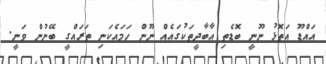
އައްޑޫ އަތޮޅު ނޫނީ ބޮޑެތި އާބާދީތަކުގައެއް ނޫން ހަމައެކަނި ތަރައްގީ ބޭނުން ވަނީ.